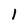
Character: l